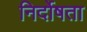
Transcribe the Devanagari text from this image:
निर्दोषता